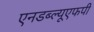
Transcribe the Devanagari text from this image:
एनडब्ल्यूएफपी